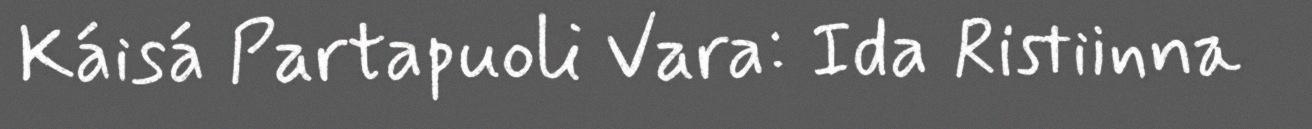
Káisá Partapuoli Vara: Ida Ristiinna